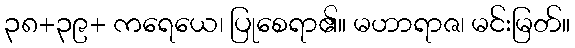
၃၈+၃၉+ ကရေယေ၊ ပြုစေရာ၏။ မဟာရာဇ၊ မင်းမြတ်။